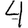
Digit: 4